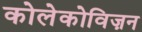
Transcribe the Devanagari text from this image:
कोलेकोविज़न